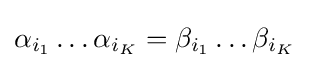
\alpha _{i_{1}}\ldots \alpha _{i_{K}}=\beta _{i_{1}}\ldots \beta _{i_{K}}